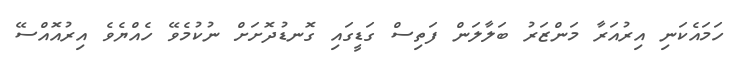
ހަމައެކަނި އިރުއަރާ މަންޒަރު ބަލާލަން ފަތިސް ގަޑީގައި ގޮނޑުދޮށަށް ނުކުމެވޭ ހެއްޔެވެ އިރުއޮއްސޭ